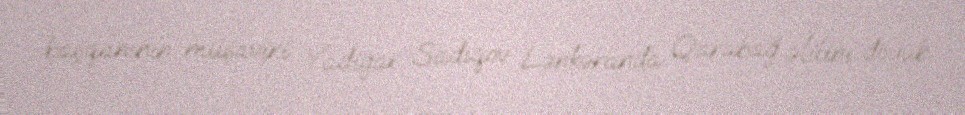
başqanının müşaviri Yadigar Sadıqov Lənkəranda Qarabağ əlilini döyüb.